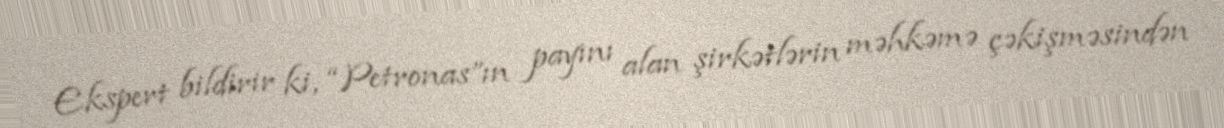
Ekspert bildirir ki, “Petronas”ın payını alan şirkətlərin məhkəmə çəkişməsindən